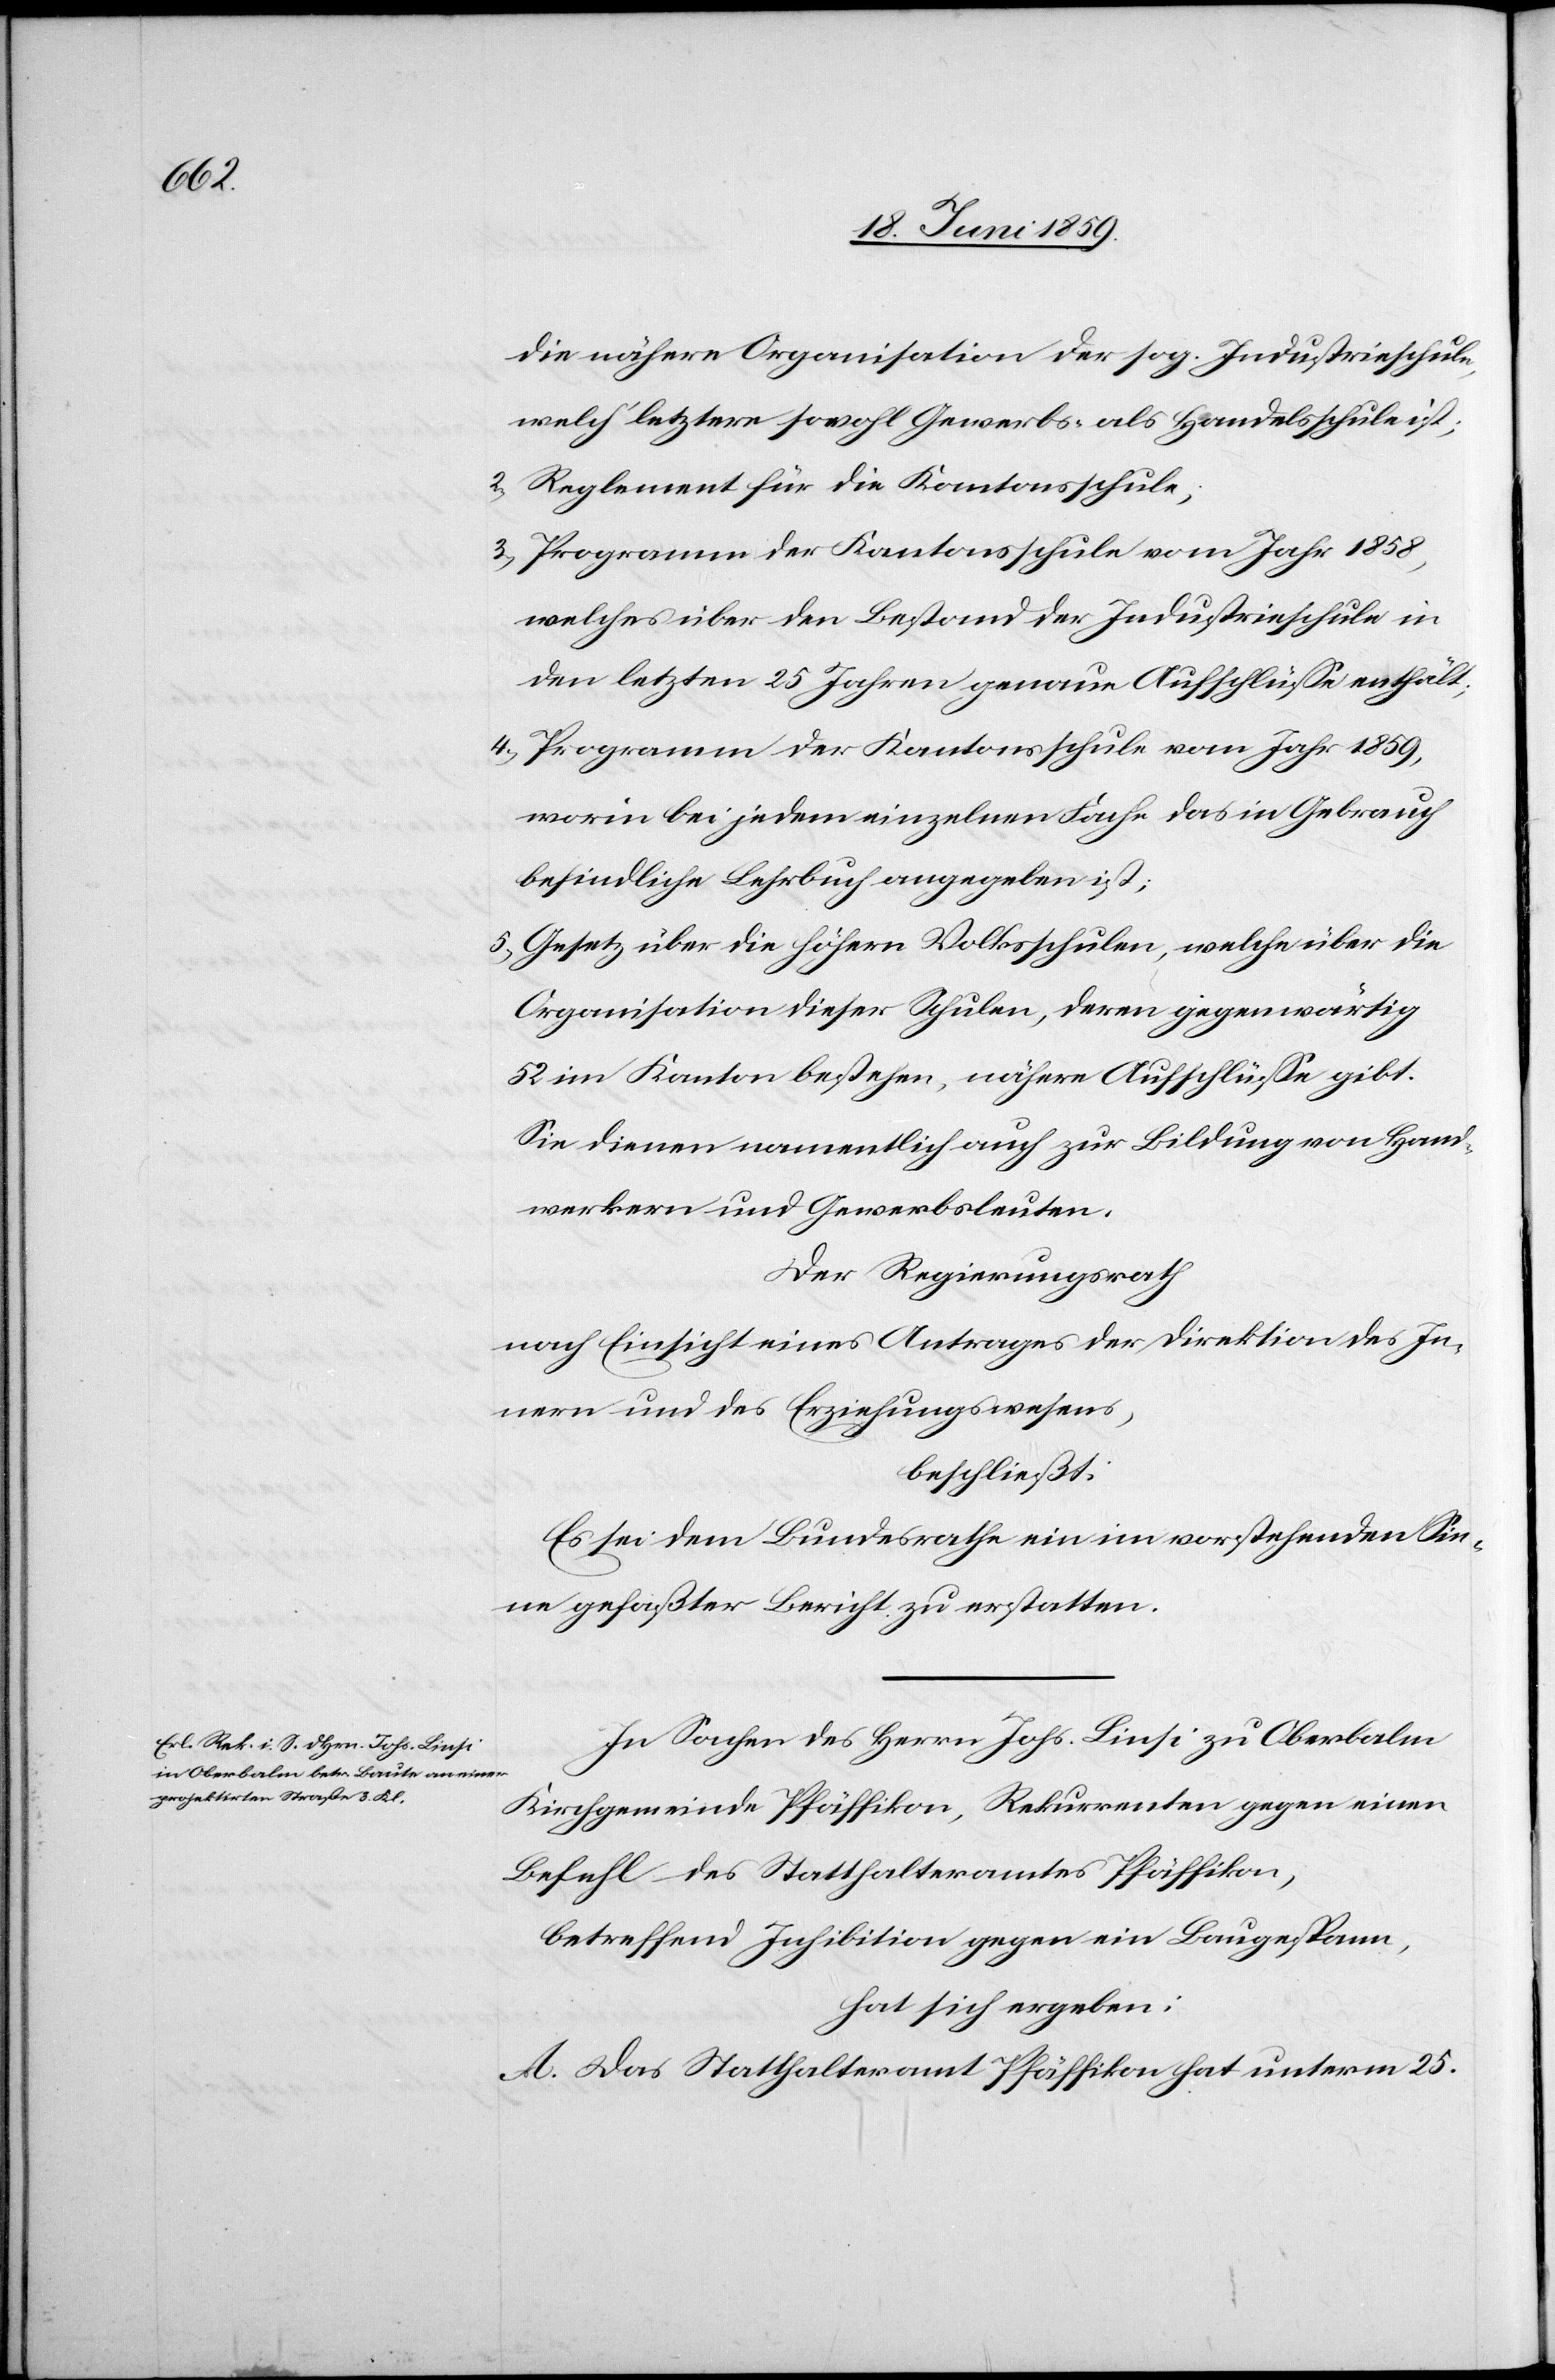
die nähere Organisation der sog. Industrieschule,
welch‘ letztere sowohl Gewerbs- als Handelsschule ist;
2) Reglement für die Kantonsschule;
3) Programm der Kantonsschule vom Jahr 1858,
welches über den Bestand der Industrieschule in
den letzten 25 Jahren genaue Aufschlüsse enthält;
4) Programm der Kantonsschule vom Jahr 1859,
worin bei jedem einzelnen Fache das in Gebrauch
befindliche Lehrbuch angegeben ist;
5) Gesetz über die höheren Volksschulen, welche über die
Organisation dieser Schulen, deren gegenwärtig
52 im Kanton bestehen, nähere Aufschlüsse gibt.
Sie dienen namentlich auch zur Bildung von Hand¬
werkern und Gewerbsleuten.
Der Regierungsrath
nach Einsicht eines Antrages der Direktion des In¬
nern und des Erziehungswesens,
beschließt:
Es sei dem Bundesrath ein im vorstehenden Sin¬
ne gefaßter Bericht zu erstatten.
In Sachen des Herrn Johs. Linsi zu Oberbalm
Kirchgemeinde Pfäffikon, Rekurrenten gegen einen
Befehl des Statthalteramtes Pfäffikon,
betreffend Inhibition gegen ein Baugespann,
hat sich ergeben:
A. Das Statthalteramt Pfäffikon hat unterm 25.